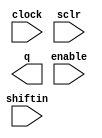
// megafunction wizard: %LPM_SHIFTREG%VBB%
// GENERATION: STANDARD
// VERSION: WM1.0
// MODULE: lpm_shiftreg 

// ============================================================
// Megafunction Name(s):
// 			lpm_shiftreg
// ============================================================
// ************************************************************
// THIS IS A WIZARD-GENERATED FILE. DO NOT EDIT THIS FILE!
//
// 4.2 Build 178 01/19/2005 SP 1 SJ Web Edition
// ************************************************************

//Copyright (C) 1991-2005 Altera Corporation
//Any  megafunction  design,  and related netlist (encrypted  or  decrypted),
//support information,  device programming or simulation file,  and any other
//associated  documentation or information  provided by  Altera  or a partner
//under  Altera's   Megafunction   Partnership   Program  may  be  used  only
//to program  PLD  devices (but not masked  PLD  devices) from  Altera.   Any
//other  use  of such  megafunction  design,  netlist,  support  information,
//device programming or simulation file,  or any other  related documentation
//or information  is prohibited  for  any  other purpose,  including, but not
//limited to  modification,  reverse engineering,  de-compiling, or use  with
//any other  silicon devices,  unless such use is  explicitly  licensed under
//a separate agreement with  Altera  or a megafunction partner.  Title to the
//intellectual property,  including patents,  copyrights,  trademarks,  trade
//secrets,  or maskworks,  embodied in any such megafunction design, netlist,
//support  information,  device programming or simulation file,  or any other
//related documentation or information provided by  Altera  or a megafunction
//partner, remains with Altera, the megafunction partner, or their respective
//licensors. No other licenses, including any licenses needed under any third
//party's intellectual property, are provided herein.

module sreg16 (
	clock,
	enable,
	shiftin,
	sclr,
	q);

	input	  clock;
	input	  enable;
	input	  shiftin;
	input	  sclr;
	output	[15:0]  q;

endmodule

// ============================================================
// CNX file retrieval info
// ============================================================
// Retrieval info: PRIVATE: nBit NUMERIC "16"
// Retrieval info: PRIVATE: LeftShift NUMERIC "1"
// Retrieval info: PRIVATE: Q_OUT NUMERIC "1"
// Retrieval info: PRIVATE: SerialShiftOutput NUMERIC "0"
// Retrieval info: PRIVATE: CLK_EN NUMERIC "1"
// Retrieval info: PRIVATE: SerialShiftInput NUMERIC "1"
// Retrieval info: PRIVATE: ParallelDataInput NUMERIC "0"
// Retrieval info: PRIVATE: SCLR NUMERIC "1"
// Retrieval info: PRIVATE: SLOAD NUMERIC "0"
// Retrieval info: PRIVATE: SSET NUMERIC "0"
// Retrieval info: PRIVATE: SSET_ALL1 NUMERIC "1"
// Retrieval info: PRIVATE: SSETV NUMERIC "0"
// Retrieval info: PRIVATE: ACLR NUMERIC "0"
// Retrieval info: PRIVATE: ALOAD NUMERIC "0"
// Retrieval info: PRIVATE: ASET NUMERIC "0"
// Retrieval info: PRIVATE: ASET_ALL1 NUMERIC "1"
// Retrieval info: PRIVATE: ASETV NUMERIC "0"
// Retrieval info: CONSTANT: LPM_TYPE STRING "LPM_SHIFTREG"
// Retrieval info: CONSTANT: LPM_WIDTH NUMERIC "16"
// Retrieval info: CONSTANT: LPM_DIRECTION STRING "LEFT"
// Retrieval info: USED_PORT: clock 0 0 0 0 INPUT NODEFVAL clock
// Retrieval info: USED_PORT: q 0 0 16 0 OUTPUT NODEFVAL q[15..0]
// Retrieval info: USED_PORT: enable 0 0 0 0 INPUT NODEFVAL enable
// Retrieval info: USED_PORT: shiftin 0 0 0 0 INPUT NODEFVAL shiftin
// Retrieval info: USED_PORT: sclr 0 0 0 0 INPUT NODEFVAL sclr
// Retrieval info: CONNECT: @clock 0 0 0 0 clock 0 0 0 0
// Retrieval info: CONNECT: q 0 0 16 0 @q 0 0 16 0
// Retrieval info: CONNECT: @enable 0 0 0 0 enable 0 0 0 0
// Retrieval info: CONNECT: @shiftin 0 0 0 0 shiftin 0 0 0 0
// Retrieval info: CONNECT: @sclr 0 0 0 0 sclr 0 0 0 0
// Retrieval info: LIBRARY: lpm lpm.lpm_components.all
// Retrieval info: GEN_FILE: TYPE_NORMAL sreg16.v TRUE
// Retrieval info: GEN_FILE: TYPE_NORMAL sreg16.inc FALSE
// Retrieval info: GEN_FILE: TYPE_NORMAL sreg16.cmp FALSE
// Retrieval info: GEN_FILE: TYPE_NORMAL sreg16.bsf FALSE
// Retrieval info: GEN_FILE: TYPE_NORMAL sreg16_inst.v FALSE
// Retrieval info: GEN_FILE: TYPE_NORMAL sreg16_bb.v TRUE